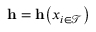
\mathbf { h } = \mathbf { h } \big ( { x } _ { i \in \mathcal { T } } \big )